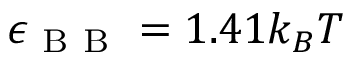
\epsilon _ { \mathrm { ~ B ~ B ~ } } = 1 . 4 1 k _ { B } T